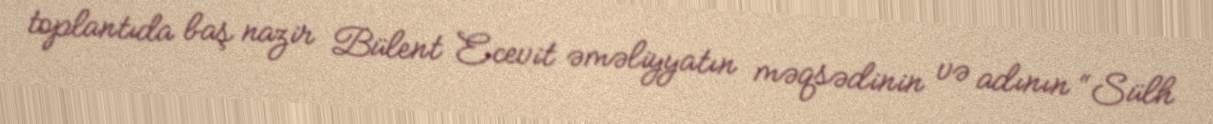
toplantıda baş nazir Bülent Ecevit əməliyyatın məqsədinin və adının “Sülh